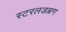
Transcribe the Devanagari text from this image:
स्टरलडब्रग